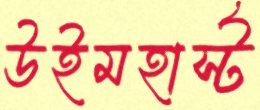
উইমহার্স্ট